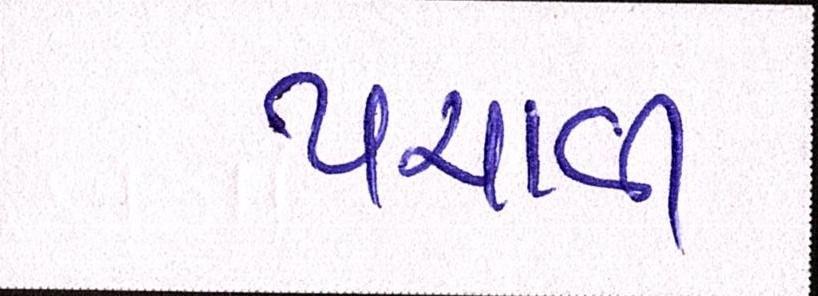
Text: પચાવી